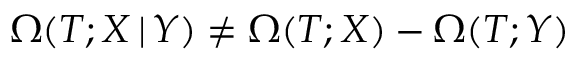
\Omega ( T ; X \, | \, Y ) \ne \Omega ( T ; X ) - \Omega ( T ; Y )